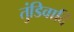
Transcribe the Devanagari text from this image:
तुंडिवादि